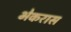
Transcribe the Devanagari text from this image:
भेकरास